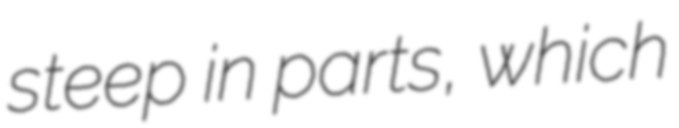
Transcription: steep in parts, which